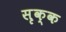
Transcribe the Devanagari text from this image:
सृक्क